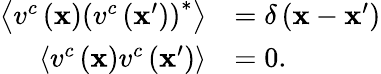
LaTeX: \begin{array}{rl}{\left\langle v^{c}\left(\mathbf{x}\right)\left(v^{c}\left(\mathbf{x}^{\prime}\right)\right)^{*}\right\rangle}&{=\delta\left(\mathbf{x}-\mathbf{x}^{\prime}\right)}\\ {\left\langle v^{c}\left(\mathbf{x}\right)v^{c}\left(\mathbf{x}^{\prime}\right)\right\rangle}&{=0.}\end{array}